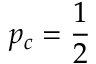
p _ { c } = \frac { 1 } { 2 }